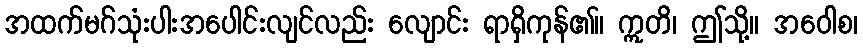
အထက်မဂ်သုံးပါးအပေါင်းလျင်လည်း လျောင်း ရာရှိကုန်၏။ ဣတိ၊ ဤသို့။ အဝေါစ၊